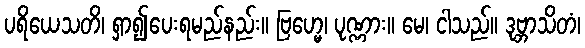
ပရိယေသတိ၊ ရှာ၍ပေးရမည်နည်း။ ဗြဟ္မေ၊ ပုဏ္ဏား။ မေ၊ ငါသည်။ ဒုဗ္ဘာသိတံ၊